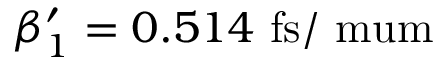
\beta _ { 1 } ^ { \prime } = 0 . 5 1 4 ~ \mathrm { f s / \ m u m }